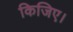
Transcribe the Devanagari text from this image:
किजिए।